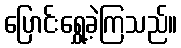
ပြောင်းရွှေ့ခဲ့ကြသည်။